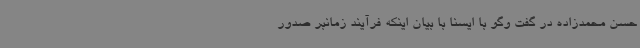
حسن محمدزاده در گفت وگو با ایسنا با بیان اینکه فرآیند زمانبر صدور